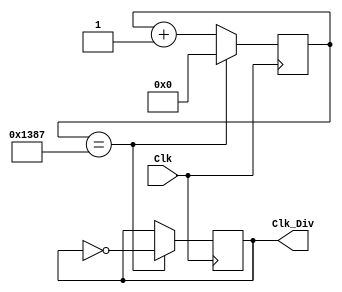
`timescale 1ns / 1ps

module SW_Refresh_Clk(
    input Clk,
    output reg Clk_Div);
    
    integer count = 0;
    always@(posedge Clk)
    begin
        if(count == 4999) //to generate 10KHz for refresh counter
            count <= 1'b0;
        else
            count <= count + 1'b1;
    end
    
    always@(posedge Clk)
    begin
        if(count == 4999)
            Clk_Div <= ~Clk_Div;
        else
            Clk_Div <= Clk_Div;
    end
endmodule